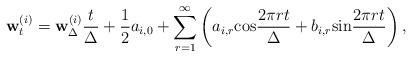
LaTeX: \begin{align*}{\bf w}_t^{(i)}={\bf w}_{\Delta}^{(i)}\frac{t}{\Delta}+\frac{1}{2}a_{i,0}+\sum_{r=1}^{\infty}\left(a_{i,r}{\rm cos}\frac{2\pi rt}{\Delta}+b_{i,r}{\rm sin}\frac{2\pi rt}{\Delta}\right),\end{align*}